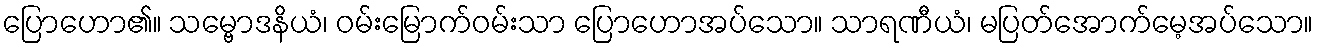
ပြောဟော၏။ သမ္ဗောဒနိယံ၊ ဝမ်းမြောက်ဝမ်းသာ ပြောဟောအပ်သော။ သာရဏီယံ၊ မပြတ်အောက်မေ့အပ်သော။